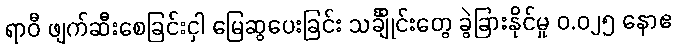
ရာဝီ ဖျက်ဆီးစေခြင်းငှါ မြေဆွပေးခြင်း သင်္ချိုင်းတွေ ခွဲခြားနိုင်မှု ၀.၀၂၅ နောဧ